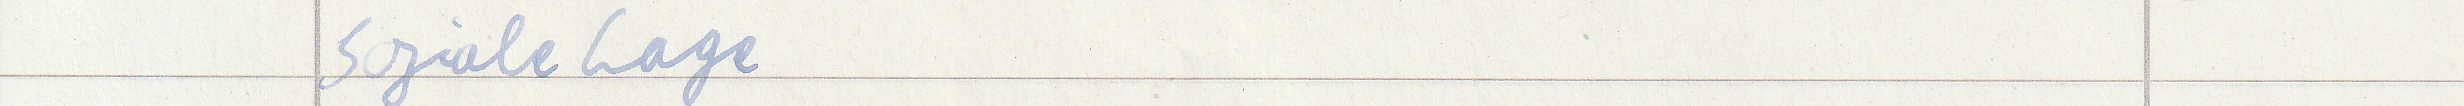
soziale Lage